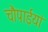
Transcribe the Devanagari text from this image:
चौपाईयां